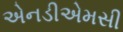
એનડીએમસી